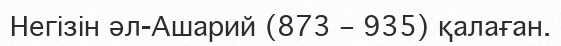
Негізін әл-Ашарий (873 – 935) қалаған.